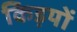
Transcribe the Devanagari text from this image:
किड़यों